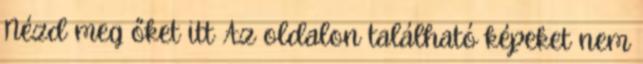
Nézd meg őket itt Az oldalon található képeket nem